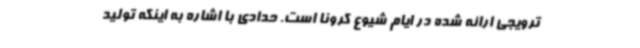
ترویجی ارائه شده در ایام شیوع کرونا است. حدادی با اشاره به اینکه تولید